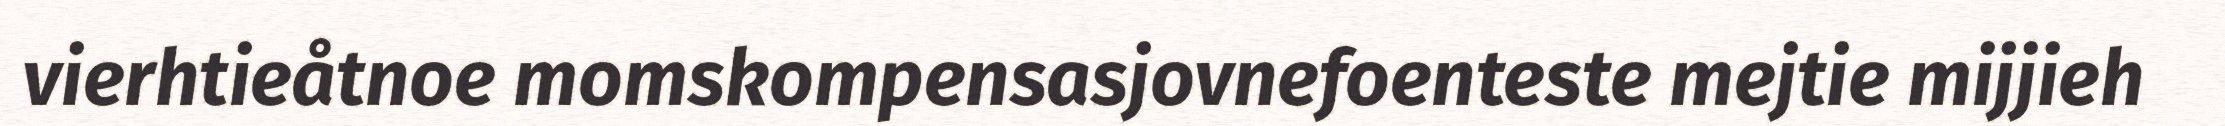
vierhtieåtnoe momskompensasjovnefoenteste mejtie mijjieh